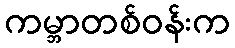
ကမ္ဘာတစ်ဝန်းက